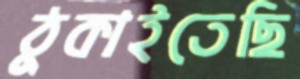
ঠুকাইতেছি